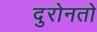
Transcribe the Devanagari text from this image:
दुरोनतो